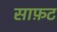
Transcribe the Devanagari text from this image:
साफ़ट